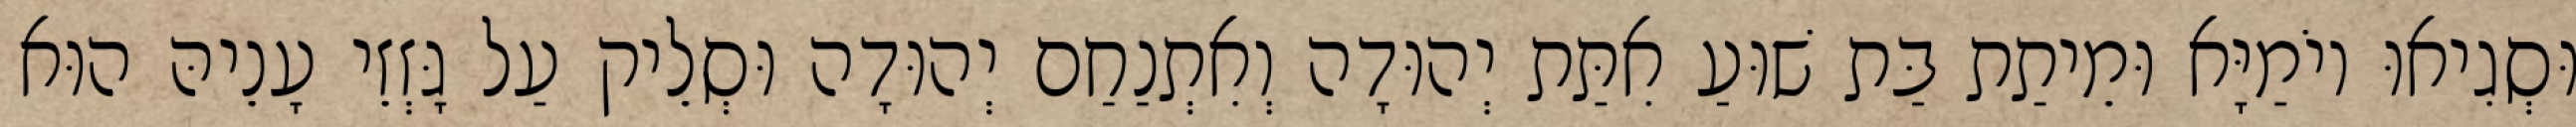
וּסְגִיאוּ יוֹמַיָּא וּמֵיתַת בַּת שׁוּעַ אִתַּת יְהוּדָה וְאִתְנַחַם יְהוּדָה וּסְלֵיק עַל גָּזְזֵי עָנֵיהּ הוּא